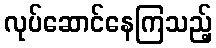
လုပ်ဆောင်နေကြသည့်